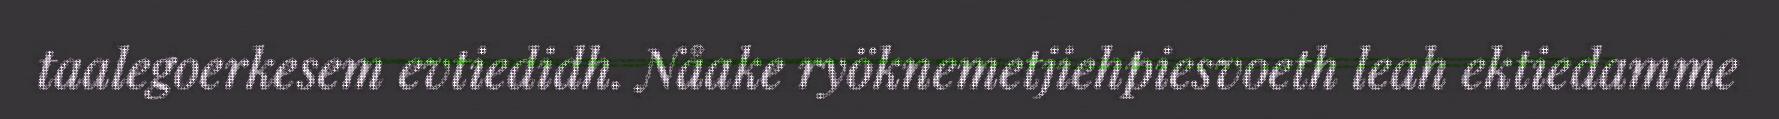
taalegoerkesem evtiedidh. Nåake ryöknemetjiehpiesvoeth leah ektiedamme